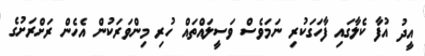
އީދު އުފާ ކެލާގައި ފާހަގަކުރި ނަމަވެސް ވަސީލައްތައް ހުރި މިންވަރަކުން އެހެން ރަށްރަށުގެ